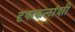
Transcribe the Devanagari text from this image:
दृककलांशी